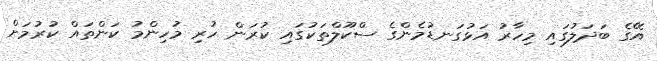
އޭގެ ބަދަލުގައި މިހާރު އަޅުގަނޑުމެންގެ ސްކޫލްތަކުގައި ކުރަން ހުރި މުހިންމު ކަންތައް ކުރުމަށް